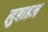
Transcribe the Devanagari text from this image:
लुबाहम